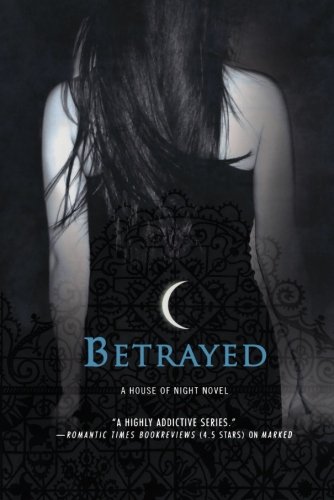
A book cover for Betrayed (A House of Night); P. C. Cast; Teen & Young Adult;